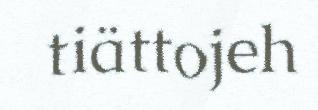
tiättojeh